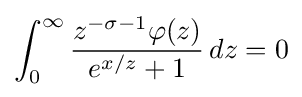
\int _{0}^{\infty }{\frac {z^{-\sigma -1}\varphi (z)}{{e^{x/z}}+1}}\,dz=0